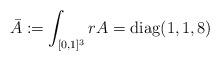
LaTeX: \begin{align*}\bar{A} := \int_{[0,1]^3} rA = \mathrm{diag}(1,1,8)\end{align*}